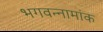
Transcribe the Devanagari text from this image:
भगवन्नामांक